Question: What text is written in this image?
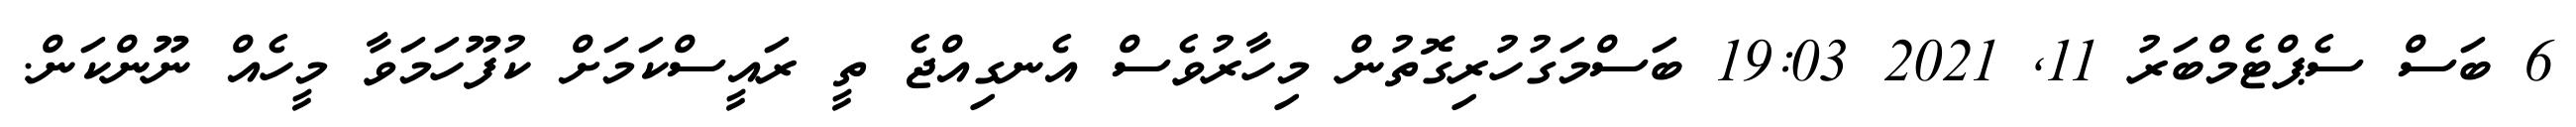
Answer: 6 ބަސް ސެޕްޓެމްބަރު 11, 2021 19:03 ބަސްމަގުހުރިގޮތުން މިހާރުވެސް އެނގިއްޖެ ތީ ރައީސްކަމަށް ކުފޫހަމަވާ މީހެއް ނޫންކަން.